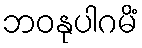
ဘဝနုပါဂမိံ